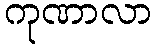
ကုဏာလာ